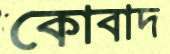
কোবাদ